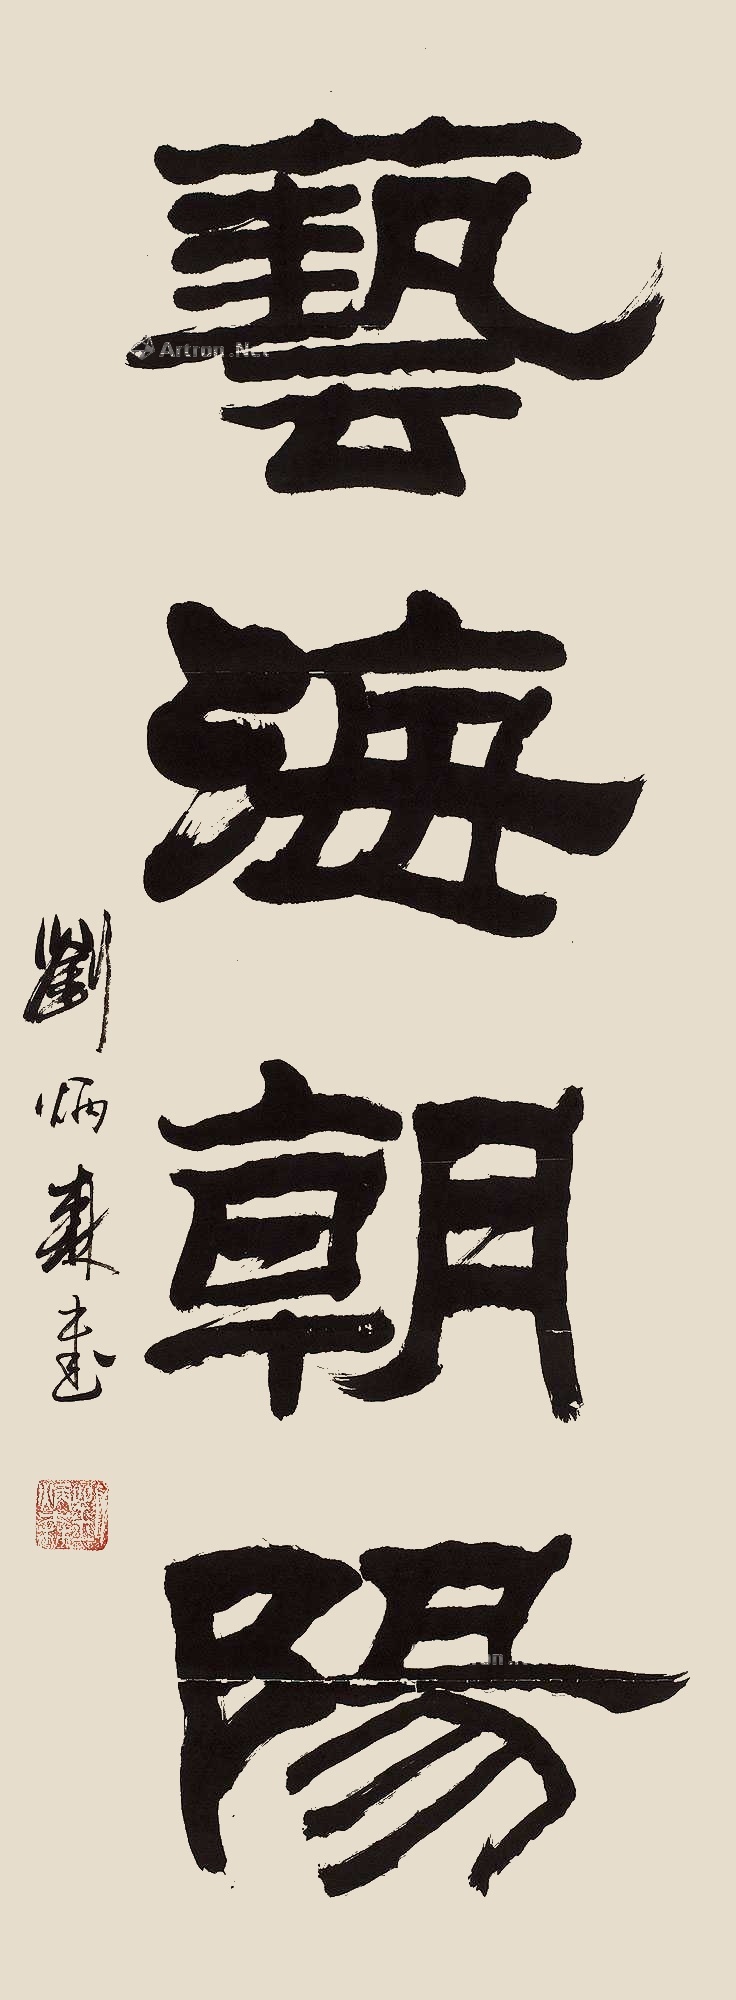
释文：艺海朝阳刘炳森书